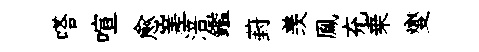
嗒喧愈嵳涪鑑葑羡鳯充乗燮